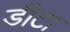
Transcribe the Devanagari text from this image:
डीटा